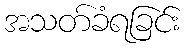
အသတ်ခံရခြင်း